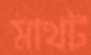
মাথট